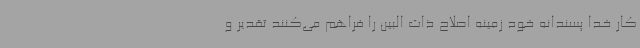
کار خدا پسندانه خود زمینه اصلاح ذات البین را فراهم می‌کنند تقدیر و